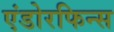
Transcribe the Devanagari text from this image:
एंडोरफिन्स